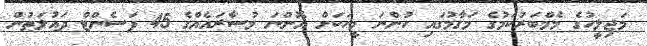
މަޖިލީހުގެ މެމްބަރުކަމުގެ މަގާމުގައި ހުންނަ މީހަކަށް އޮންނަ މުސާރައެއްގެ 45 ޕަސެންޓް ދައުލަތުން